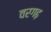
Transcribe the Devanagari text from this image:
वरगढ़